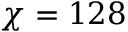
\chi = 1 2 8